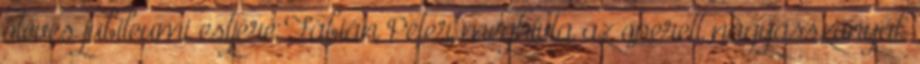
ötéves jubileumi estjére Fábián Péter meghívta az operett nagyasszonyát,